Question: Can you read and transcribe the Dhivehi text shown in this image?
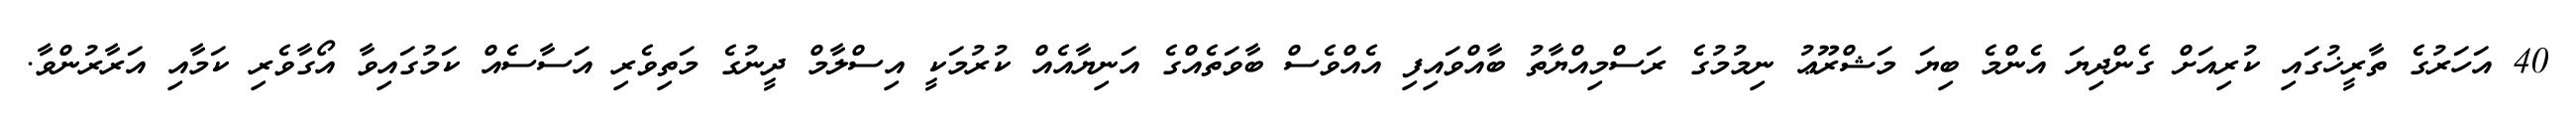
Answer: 40 އަހަރުގެ ތާރީޚުގައި ކުރިއަށް ގެންދިޔަ އެންމެ ބިޔަ މަޝްރޫޢު ނިމުމުގެ ރަސްމިއްޔާތު ބާއްވައިފި އެއްވެސް ބާވަތެއްގެ އަނިޔާއެއް ކުރުމަކީ އިސްލާމް ދީނުގެ މަތިވެރި އަސާސެއް ކަމުގައިވާ އޯގާވެރި ކަމާއި އަރާރުންވާ.